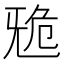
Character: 𣄲